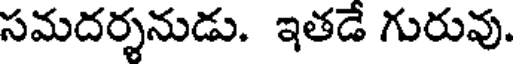
సమదర్శనుడు. ఇతడే గురువు.